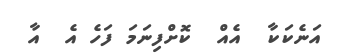
އަނެކަކާ  އެއް  ކޮށްފިނަމަ ފަހެ އެ  އާ